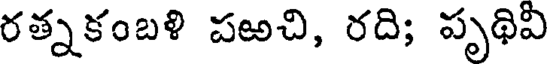
రత్నకంబళి పఱచి, రది; పృథివి